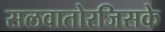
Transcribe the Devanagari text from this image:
सलवातोरजिसके